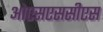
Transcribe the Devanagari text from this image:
ओएसएससीएस